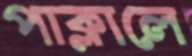
পাক্‌লালে